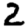
Digit: 2